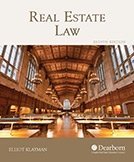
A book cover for Real Estate Law; Elliott Klayman; Business & Money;